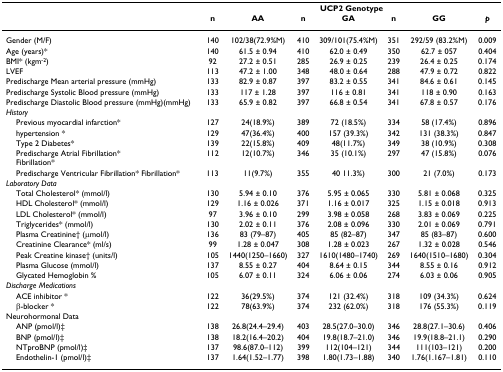
<table><thead><tr><td></td><td colspan="7"><b>UCP2 Genotype</b></td></tr><tr><td></td><td><b>n</b></td><td><b>AA</b></td><td><b>n</b></td><td><b>GA</b></td><td><b>n</b></td><td><b>GG</b></td><td><b><i>p</i></b></td></tr></thead><tbody><tr><td>Gender (M/F)</td><td>140</td><td>102/38(72.9%M)</td><td>410</td><td>309/101(75.4%M)</td><td>351</td><td>292/59 (83.2%M)</td><td>0.009</td></tr><tr><td>Age (years)*</td><td>140</td><td>61.5 ± 0.94</td><td>410</td><td>62.0 ± 0.49</td><td>350</td><td>62.7 ± 057</td><td>0.404</td></tr><tr><td>BMI* (kgm<sup>-2</sup>)</td><td>92</td><td>27.2 ± 0.51</td><td>285</td><td>26.9 ± 0.25</td><td>239</td><td>26.4 ± 0.25</td><td>0.174</td></tr><tr><td>LVEF</td><td>113</td><td>47.2 ± 1.00</td><td>348</td><td>48.0 ± 0.64</td><td>288</td><td>47.9 ± 0.72</td><td>0.822</td></tr><tr><td>Predischarge Mean arterial pressure (mmHg)</td><td>133</td><td>82.9 ± 0.87</td><td>397</td><td>83.2 ± 0.55</td><td>341</td><td>84.6 ± 0.61</td><td>0.145</td></tr><tr><td>Predischarge Systolic Blood pressure (mmHg)</td><td>133</td><td>117 ± 1.28</td><td>397</td><td>116 ± 0.81</td><td>341</td><td>118 ± 0.90</td><td>0.163</td></tr><tr><td>Predischarge Diastolic Blood pressure (mmHg)(mmHg)</td><td>133</td><td>65.9 ± 0.82</td><td>397</td><td>66.8 ± 0.54</td><td>341</td><td>67.8 ± 0.57</td><td>0.176</td></tr><tr><td><i>History</i></td><td></td><td></td><td></td><td></td><td></td><td></td><td></td></tr><tr><td> Previous myocardial infarction*</td><td>127</td><td>24(18.9%)</td><td>389</td><td>72 (18.5%)</td><td>334</td><td>58 (17.4%)</td><td>0.896</td></tr><tr><td> hypertension *</td><td>129</td><td>47(36.4%)</td><td>400</td><td>157 (39.3%)</td><td>342</td><td>131 (38.3%)</td><td>0.847</td></tr><tr><td> Type 2 Diabetes*</td><td>139</td><td>22(15.8%)</td><td>409</td><td>48(11.7%)</td><td>349</td><td>38 (10.9%)</td><td>0.308</td></tr><tr><td> Predischarge Atrial Fibrillation*Fibrillation*</td><td>112</td><td>12(10.7%)</td><td>346</td><td>35 (10.1%)</td><td>297</td><td>47 (15.8%)</td><td>0.076</td></tr><tr><td> Predischarge Ventricular Fibrillation* Fibrillation*</td><td>113</td><td>11(9.7%)</td><td>355</td><td>40 11.3%)</td><td>300</td><td>21 (7.0%)</td><td>0.173</td></tr><tr><td><i>Laboratory Data</i></td><td></td><td></td><td></td><td></td><td></td><td></td><td></td></tr><tr><td> Total Cholesterol* (mmol/l)</td><td>130</td><td>5.94 ± 0.10</td><td>376</td><td>5.95 ± 0.065</td><td>330</td><td>5.81 ± 0.068</td><td>0.325</td></tr><tr><td> HDL Cholesterol* (mmol/l)</td><td>129</td><td>1.16 ± 0.026</td><td>371</td><td>1.16 ± 0.017</td><td>325</td><td>1.15 ± 0.018</td><td>0.913</td></tr><tr><td> LDL Cholesterol* (mmol/l)</td><td>97</td><td>3.96 ± 0.10</td><td>299</td><td>3.98 ± 0.058</td><td>268</td><td>3.83 ± 0.069</td><td>0.225</td></tr><tr><td> Triglycerides* (mmol/l)</td><td>130</td><td>2.02 ± 0.11</td><td>376</td><td>2.08 ± 0.096</td><td>330</td><td>2.01 ± 0.069</td><td>0.791</td></tr><tr><td> Plasma Creatinine† (μmol/l)</td><td>136</td><td>83 (79–87)</td><td>405</td><td>85 (82–87)</td><td>347</td><td>85 (83–87)</td><td>0.600</td></tr><tr><td> Creatinine Clearance* (ml/s)</td><td>99</td><td>1.28 ± 0.047</td><td>308</td><td>1.28 ± 0.023</td><td>267</td><td>1.32 ± 0.028</td><td>0.546</td></tr><tr><td> Peak Creatine kinase† (units/l)</td><td>105</td><td>1440(1250–1660)</td><td>327</td><td>1610(1480–1740)</td><td>269</td><td>1640(1510–1680)</td><td>0.304</td></tr><tr><td> Plasma Glucose (mmol/l)</td><td>137</td><td>8.55 ± 0.27</td><td>404</td><td>8.64 ± 0.15</td><td>344</td><td>8.55 ± 0.16</td><td>0.912</td></tr><tr><td> Glycated Hemoglobin %</td><td>105</td><td>6.07 ± 0.11</td><td>324</td><td>6.06 ± 0.06</td><td>274</td><td>6.03 ± 0.06</td><td>0.905</td></tr><tr><td><i>Discharge Medications</i></td><td></td><td></td><td></td><td></td><td></td><td></td><td></td></tr><tr><td> ACE inhibitor *</td><td>122</td><td>36(29.5%)</td><td>374</td><td>121 (32.4%)</td><td>318</td><td>109 (34.3%)</td><td>0.624</td></tr><tr><td> β-blocker *</td><td>122</td><td>78(63.9%)</td><td>374</td><td>232 (62.0%)</td><td>318</td><td>176 (55.3%)</td><td>0.119</td></tr><tr><td>Neurohormonal Data</td><td></td><td></td><td></td><td></td><td></td><td></td><td></td></tr><tr><td> ANP (pmol/l)‡</td><td>138</td><td>26.8(24.4–29.4)</td><td>403</td><td>28.5(27.0–30.0)</td><td>346</td><td>28.8(27.1–30.6)</td><td>0.406</td></tr><tr><td> BNP (pmol/l)‡</td><td>138</td><td>18.2(16.4–20.2)</td><td>404</td><td>19.8(18.7–21.0)</td><td>346</td><td>19.9(18.8–21.1)</td><td>0.290</td></tr><tr><td> NTproBNP (pmol/l)‡</td><td>137</td><td>98.6(87.0–112)</td><td>399</td><td>112(104–121)</td><td>344</td><td>111(103–121)</td><td>0.200</td></tr><tr><td> Endothelin-1 (pmol/l)‡</td><td>137</td><td>1.64(1.52–1.77)</td><td>398</td><td>1.80(1.73–1.88)</td><td>340</td><td>1.76(1.167–1.81)</td><td>0.110</td></tr></tbody></table>